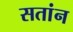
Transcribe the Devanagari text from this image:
सतांन